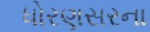
ધોરણસરના